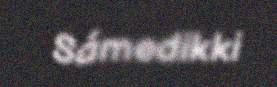
Sámedikki